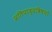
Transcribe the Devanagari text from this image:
प्रतिपाद्यविषयों